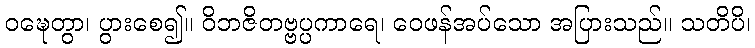
ဝဍ္ဎေတွာ၊ ပွားစေ၍။ ဝိဘဇိတဗ္ဗပ္ပကာရေ၊ ဝေဖန်အပ်သော အပြားသည်။ သတိပိ၊